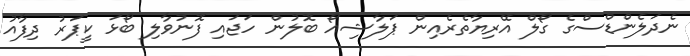
ނެދަލެންޑްސްގެ ގޯލް އޭރިޔާތެރެއިން ޕަލާޝިއޯ ބޮލުން ހަޖައި ފޮނުވާލި ބޯޅަ ކީޕަރު ދިފާއު